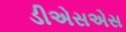
ડીએસએસ